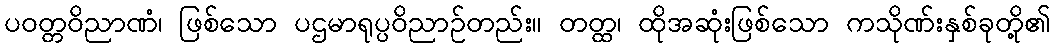
ပဝတ္တဝိညာဏံ၊ ဖြစ်သော ပဌမာရုပ္ပဝိညာဉ်တည်း။ တတ္ထ၊ ထိုအဆုံးဖြစ်သော ကသိုဏ်းနှစ်ခုတို့၏